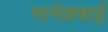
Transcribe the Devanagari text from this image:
मानेकबाई